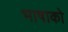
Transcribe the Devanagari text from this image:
भाषाको